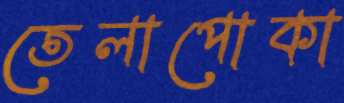
তেলাপোকা